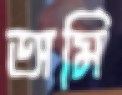
অমি